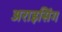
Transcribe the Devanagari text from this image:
अराइसिंग